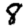
Digit: 8